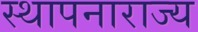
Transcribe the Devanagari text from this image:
स्थापनाराज्य